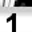
Digit: 1